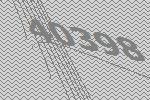
40398